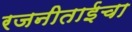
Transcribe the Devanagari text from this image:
रजनीताईचा